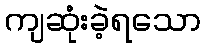
ကျဆုံးခဲ့ရသော